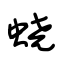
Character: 蛲